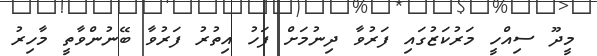
މީދޫ ސިއްހީ މަރުކަޒުގައި ފަރުވާ ދިނުމަށް ފަހު އިތުރު ފަރުވާ ބޭނުންވާތީ މާހިރު